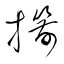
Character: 擶